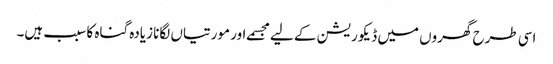
اسی طرح گھروں میں ڈیکوریشن کے لیے مجسمے اور مورتیاں لگانا زیادہ گناہ کا سبب ہیں۔